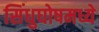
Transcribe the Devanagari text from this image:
सिंधुघोषमध्ये